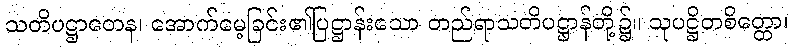
သတိပဋ္ဌာတေန၊ အောက်မေ့ခြင်း၏ပြဋ္ဌာန်းသော တည်ရာသတိပဋ္ဌာန်တို့၌။ သုပဋ္ဌိတစိတ္တော၊